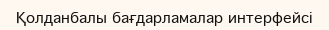
Қолданбалы бағдарламалар интерфейсі